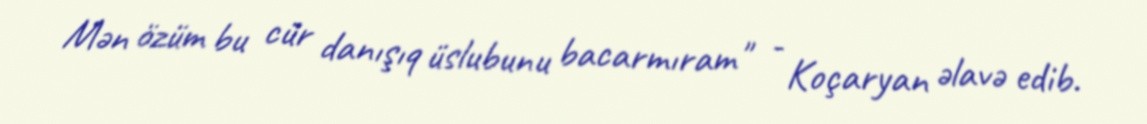
Mən özüm bu cür danışıq üslubunu bacarmıram" - Koçaryan əlavə edib.